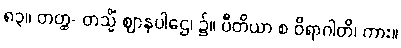
၈၃။ တတ္ထ- တသ္မိံ ဈာနပါဌေ၊ ၌။ ပီတိယာ စ ဝိရာဂါတိ၊ ကား။